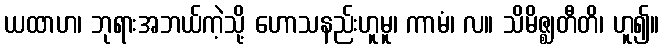
ယထာဟ၊ ဘုရားအဘယ်ကဲ့သို့ ဟောသနည်းဟူမူ၊ ကာမံ၊ လ။ သိမိဇ္ဈတီတိ၊ ဟူ၍။